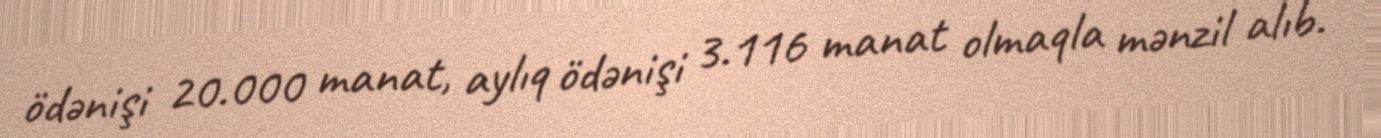
ödənişi 20.000 manat, aylıq ödənişi 3.116 manat olmaqla mənzil alıb.